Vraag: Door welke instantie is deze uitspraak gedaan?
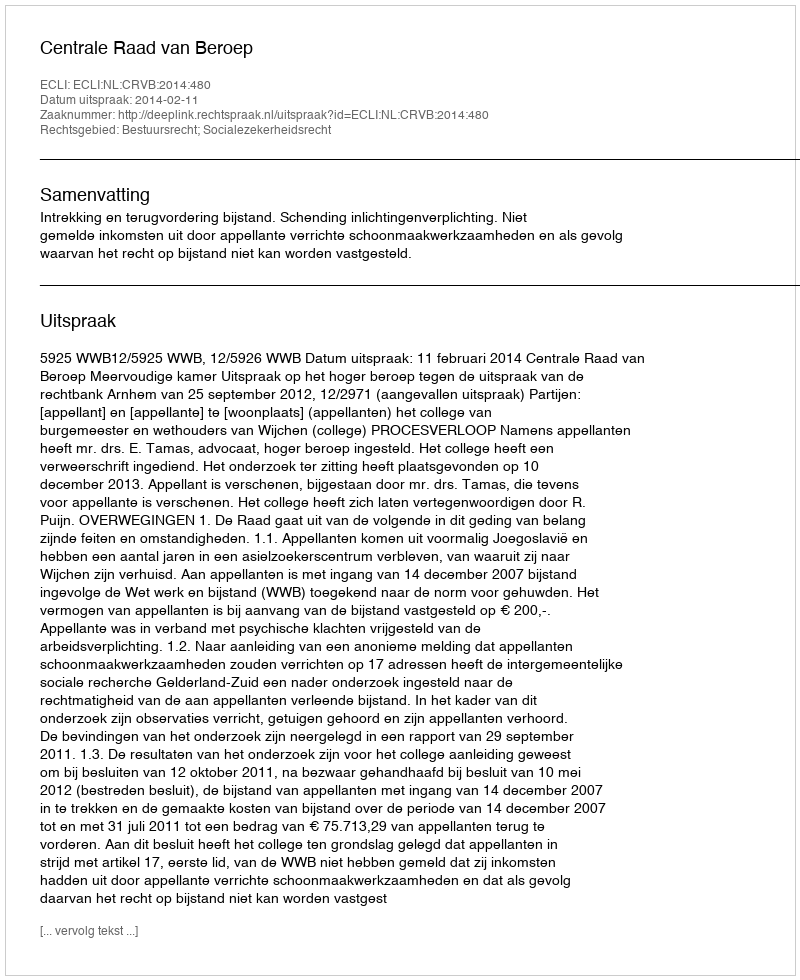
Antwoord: Centrale Raad van Beroep